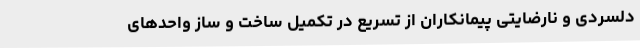
دلسردی و نارضایتی پیمانکاران از تسریع در تکمیل ساخت و ساز واحدهای